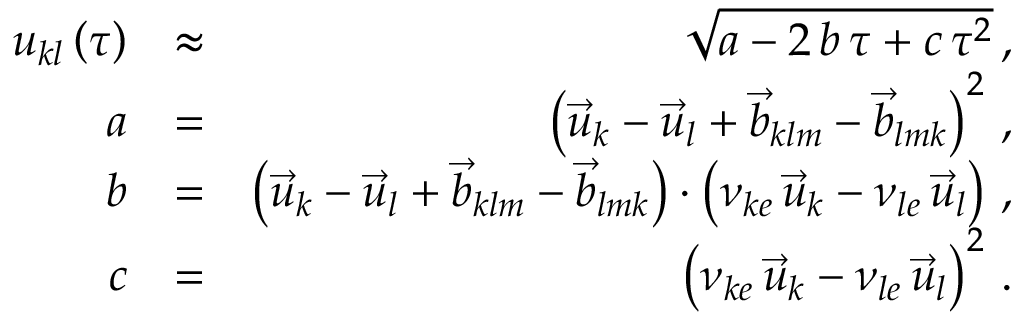
\begin{array} { r l r } { u _ { k l } \left( \tau \right) } & { \approx } & { \sqrt { a - 2 \, b \, \tau + c \, \tau ^ { 2 } } \, , } \\ { a } & { = } & { \left( \vec { u } _ { k } - \vec { u } _ { l } + \vec { b } _ { k l m } - \vec { b } _ { l m k } \right) ^ { 2 } \, , } \\ { b } & { = } & { \left( \vec { u } _ { k } - \vec { u } _ { l } + \vec { b } _ { k l m } - \vec { b } _ { l m k } \right) \cdot \left( \nu _ { k e } \, \vec { u } _ { k } - \nu _ { l e } \, \vec { u } _ { l } \right) \, , } \\ { c } & { = } & { \left( \nu _ { k e } \, \vec { u } _ { k } - \nu _ { l e } \, \vec { u } _ { l } \right) ^ { 2 } \, . } \end{array}